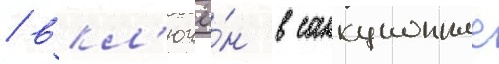
/ вкл'ючё́н в санкционные